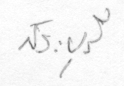
สระบุรี